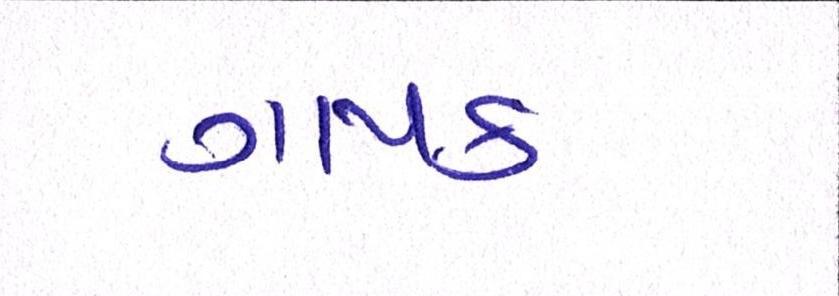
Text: ગાયક